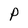
Character: P